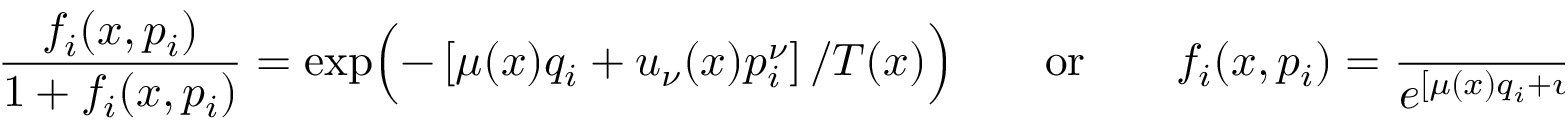
\frac { f _ { i } ( x , p _ { i } ) } { 1 + f _ { i } ( x , p _ { i } ) } = \exp \Bigl ( - \left[ \mu ( x ) q _ { i } + u _ { \nu } ( x ) p _ { i } ^ { \nu } \right] / T ( x ) \Bigr ) \qquad \mathrm { o r } \qquad f _ { i } ( x , p _ { i } ) = { \frac { 1 } { e ^ { \left[ \mu ( x ) q _ { i } + u _ { \nu } ( x ) p _ { i } ^ { \nu } \right] / T ( x ) } - 1 } } \, ,